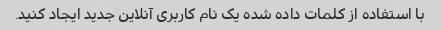
با استفاده از کلمات داده شده یک نام کاربری آنلاین جدید ایجاد کنید.